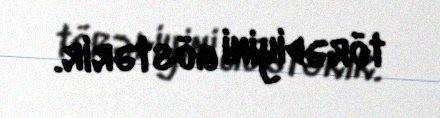
törədiyini göstərir.